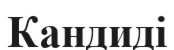
Кандиді